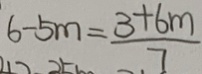
6 - 5 m = \frac { 3 + 6 m } { 7 }